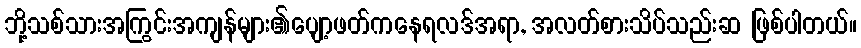
ဘို့သစ်သားအကြွင်းအကျန်များ၏ပျော့ဖတ်ကနေရလဒ်အရာ, အလတ်စားသိပ်သည်းဆ ဖြစ်ပါတယ်။